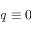
q \equiv 0